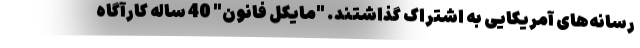
رسانه‌های آمریکایی به اشتراک گذاشتند. "مایکل فانون" 40 ساله کارآگاه